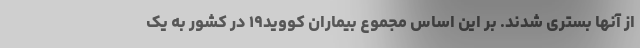
از آنها بستری شدند. بر این اساس مجموع بیماران کووید۱۹ در کشور به یک